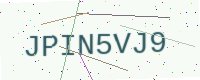
Text: JPIN5VJ9